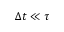
\Delta t \ll \tau